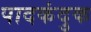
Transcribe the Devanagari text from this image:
पादकंदुक